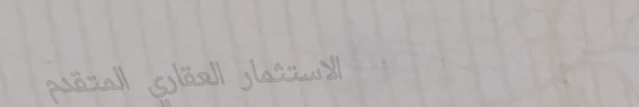
الاستثمار العقاري المتقدم